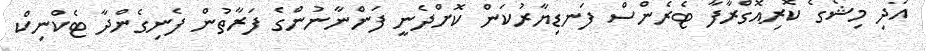
އަދި މިޝޯގެ ކޮރިއޮގްރާފާ ޓެރެންސް ފަނޑިޔާރުކަން ކޮށްދެނީ ފަންނާނުންގެ ފަރާތުން ފެނިގެންދާ ޓެކްނިކް